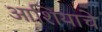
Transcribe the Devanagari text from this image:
आशियाचे